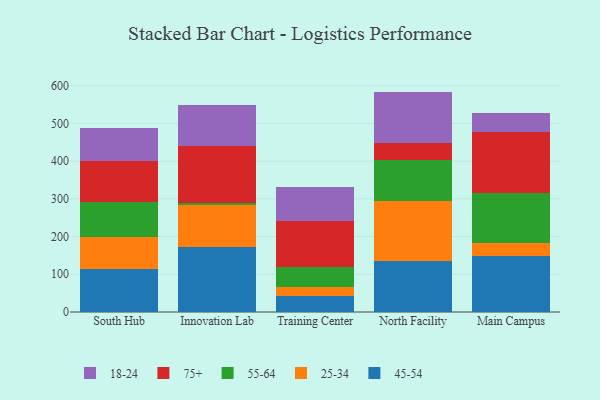
{"axis": {"x": "Campus", "y": "Satisfaction Score"}, "legend": ["18-24", "25-34", "45-54", "55-64", "75+"], "data": [{"x": "South Hub", "y": 115.3, "type": "45-54"}, {"x": "South Hub", "y": 82.7, "type": "25-34"}, {"x": "South Hub", "y": 95.0, "type": "55-64"}, {"x": "South Hub", "y": 108.2, "type": "75+"}, {"x": "South Hub", "y": 87.2, "type": "18-24"}, {"x": "Innovation Lab", "y": 173.2, "type": "45-54"}, {"x": "Innovation Lab", "y": 110.2, "type": "25-34"}, {"x": "Innovation Lab", "y": 6.9, "type": "55-64"}, {"x": "Innovation Lab", "y": 149.0, "type": "75+"}, {"x": "Innovation Lab", "y": 109.4, "type": "18-24"}, {"x": "Training Center", "y": 42.9, "type": "45-54"}, {"x": "Training Center", "y": 24.1, "type": "25-34"}, {"x": "Training Center", "y": 53.6, "type": "55-64"}, {"x": "Training Center", "y": 121.4, "type": "75+"}, {"x": "Training Center", "y": 89.1, "type": "18-24"}, {"x": "North Facility", "y": 135.4, "type": "45-54"}, {"x": "North Facility", "y": 158.9, "type": "25-34"}, {"x": "North Facility", "y": 109.9, "type": "55-64"}, {"x": "North Facility", "y": 42.9, "type": "75+"}, {"x": "North Facility", "y": 137.3, "type": "18-24"}, {"x": "Main Campus", "y": 149.8, "type": "45-54"}, {"x": "Main Campus", "y": 34.1, "type": "25-34"}, {"x": "Main Campus", "y": 130.7, "type": "55-64"}, {"x": "Main Campus", "y": 163.2, "type": "75+"}, {"x": "Main Campus", "y": 48.7, "type": "18-24"}]}